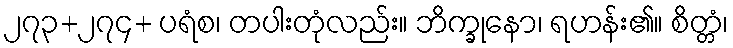
၂၇၃+၂၇၄+ ပရံစ၊ တပါးတုံလည်း။ ဘိက္ခုနော၊ ရဟန်း၏။ စိတ္တံ၊